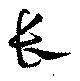
長